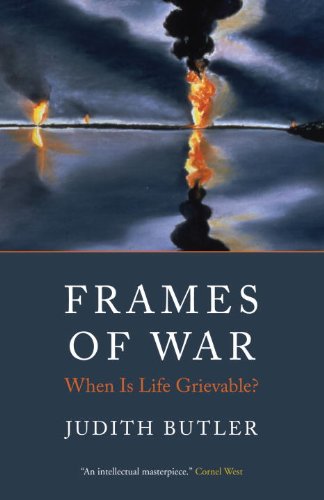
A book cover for Frames of War: When Is Life Grievable?; Judith Butler; Politics & Social Sciences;